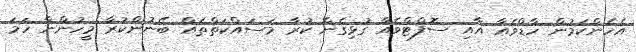
އެހެންކަމުން ހާޑްވެއާ އާއި ސޮފްޓްވެއާ ގުޅިގެން ކުރާ މަސައްކަތްތައް ބޭނުންކުރާ މީހުންނާ ހަމަ